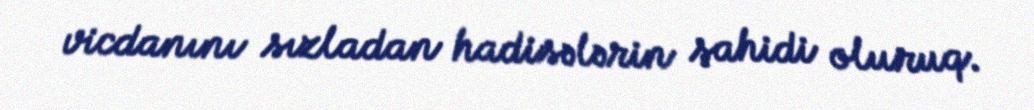
vicdanını sızladan hadisələrin şahidi oluruq.